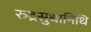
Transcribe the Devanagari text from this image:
रुद्रसुधानिधि